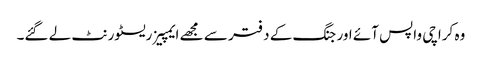
وہ کراچی واپس آئے اور جنگ کے دفتر سے مجھے ایمپیز ریسٹورنٹ لے گئے۔